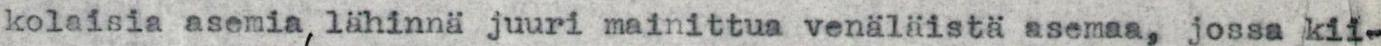
kolaisia asemia, lähinnä juuri mainittua venäläistä asemaa, jossa kii-